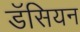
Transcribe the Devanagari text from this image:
डॅसियन